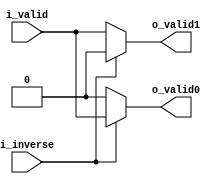
//company       : xm tech
//project name  : H265i
//top module    : dct_top_2d.v
//data          : 2018.01.25
//delay         : 0 clk 
//describe      :
//modification  :
//v1.0          :
module ctl0(
          i_inverse   ,
	  i_valid     ,
         
	  o_valid0    ,//to mux2
	  o_valid1     //to mux0 
);

// ********************************************
//                                             
//    INPUT / OUTPUT DECLARATION                                               
//                                                                             
// ********************************************  
input                       i_inverse;
input                       i_valid;
output			  o_valid0    ;//to mux2
output			  o_valid1    ;//to mux0 
wire			  o_valid0    ;//to mux2
wire			  o_valid1    ;//to mux0 

assign o_valid0 = i_inverse ? i_valid : 1'b0; 
assign o_valid1 = i_inverse ? 1'b0    : i_valid;  

endmodule